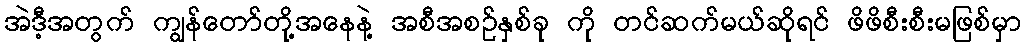
အဲဒီ့အတွက် ကျွန်တော်တို့အနေနဲ့ အစီအစဉ်နှစ်ခု ကို တင်ဆက်မယ်ဆိုရင် ဖိဖိစီးစီးမဖြစ်မှာ